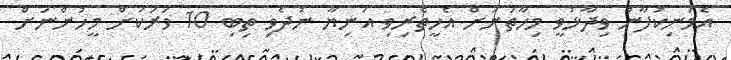
އެމަނިކުފާނު ވިދާޅުވީ މިހާތަނަށް އެހީތެެރިވި އަނިޔާ ނުދެވި ތިބި 10 ވަރަކަށް މީހުންނަށް